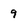
Character: 9